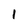
Character: 1